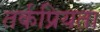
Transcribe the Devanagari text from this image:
तर्कप्रियता